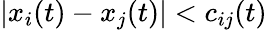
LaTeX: |x_{i}(t)-x_{j}(t)|<c_{ij}(t)